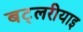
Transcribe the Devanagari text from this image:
बट्लरीयाइ